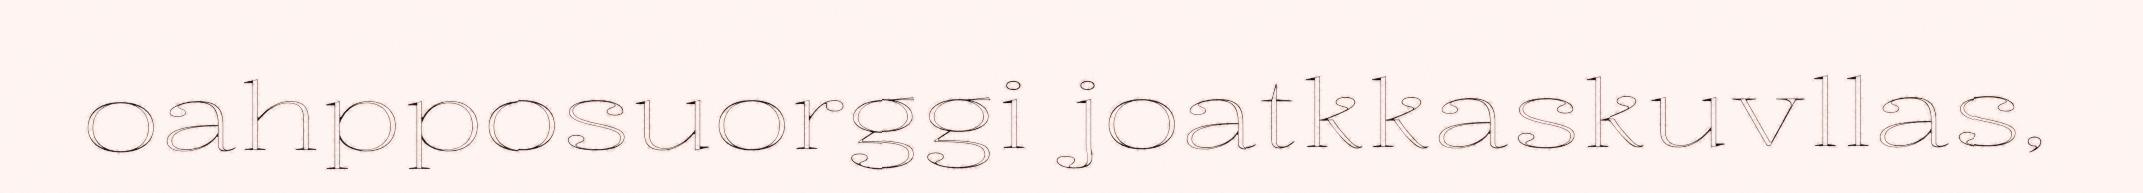
oahpposuorggi joatkkaskuvllas,